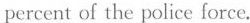
percent of the police force.